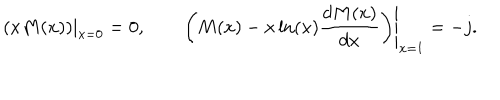
\left. \left( x M ( x ) \right) \right| _ { x = 0 } = 0 , \qquad \left. \left( M ( x ) - x \ln ( x ) \frac { d M ( x ) } { d x } \right) \right| _ { x = 1 } = - j .